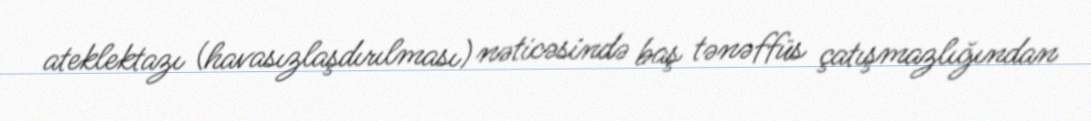
ateklektazı (havasızlaşdırılması) nəticəsində baş tənəffüs çatışmazlığından